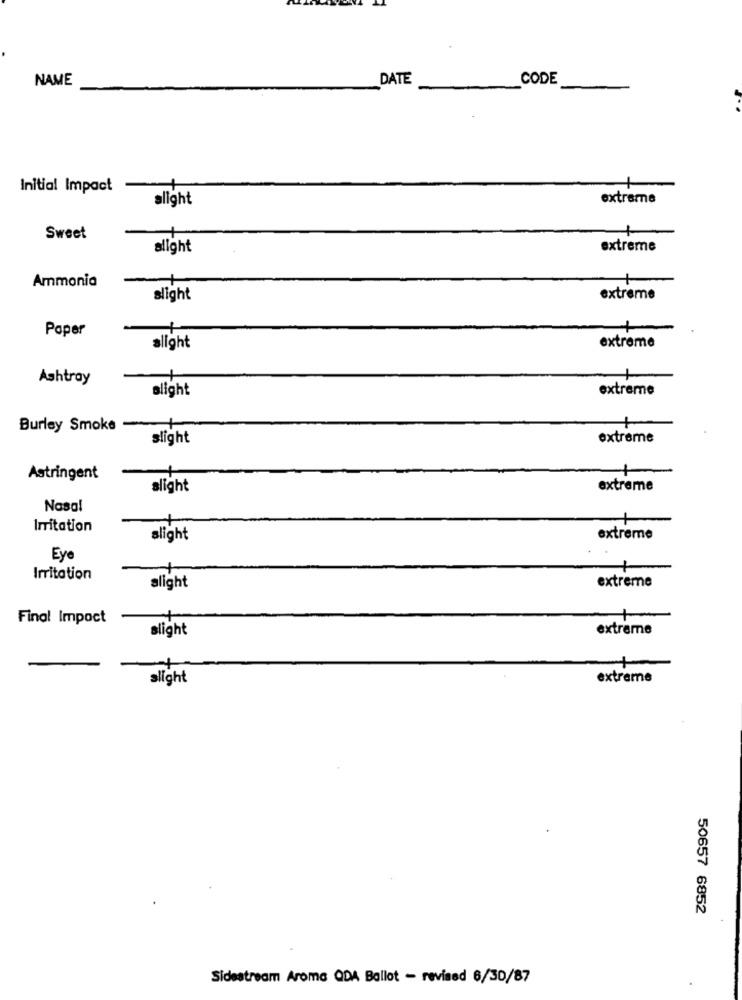
NAME
DATE
CODE
Initial Impact
alight
extreme
Sweet
alight
extreme
Ammonia
slight
extreme
Paper
extreme
alight
Ashtray
slight
extreme
Burley Smoke
slight
extreme
Astringent
alight
extreme
Nasal
Irritation
slight
extreme
Eye
Irritation
extreme
alight
Final Impact
slight
extreme
+
slight
extreme
50657 6852
Sidestream Aroma QDA Ballot - revised 6/30/87